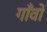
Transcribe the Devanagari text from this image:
गॉंवों